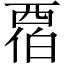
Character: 𬡹